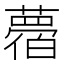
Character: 𦿛